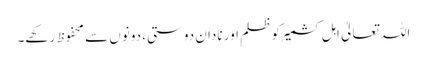
اللہ تعالیٰ اہلِ کشمیر کو ظلم اور نادان دوستی، دونوں سے محفوظ رکھے۔